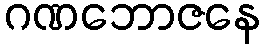
ဂဏဘောဇနေ